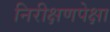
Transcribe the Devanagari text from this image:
निरीक्षणपेक्षा